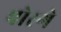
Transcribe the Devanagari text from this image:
पोरगे